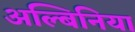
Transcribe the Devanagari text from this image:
अल्बिनिया